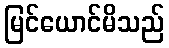
မြင်ယောင်မိသည်